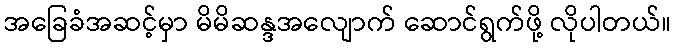
အခြေခံအဆင့်မှာ မိမိဆန္ဒအလျောက် ဆောင်ရွက်ဖို့ လိုပါတယ်။